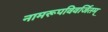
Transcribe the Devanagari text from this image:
नामरूपविवर्जितम्